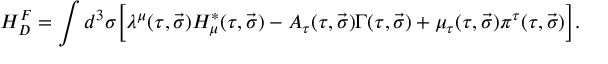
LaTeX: H _ { D } ^ { F } = \int { d ^ { 3 } \sigma \Big [ \lambda ^ { \mu } ( \tau , \vec { \sigma } ) { \cal H } _ { \mu } ^ { \ast } ( \tau , \vec { \sigma } ) - A _ { \tau } ( \tau , \vec { \sigma } ) \Gamma ( \tau , \vec { \sigma } ) + \mu _ { \tau } ( \tau , \vec { \sigma } ) \pi ^ { \tau } ( \tau , \vec { \sigma } ) \Big ] } .